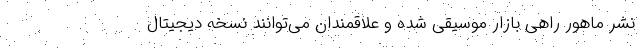
نشر ماهور راهی بازار موسیقی شده و علاقمندان می‌توانند نسخه دیجیتال